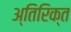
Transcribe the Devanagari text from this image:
अ्तिरिक्त